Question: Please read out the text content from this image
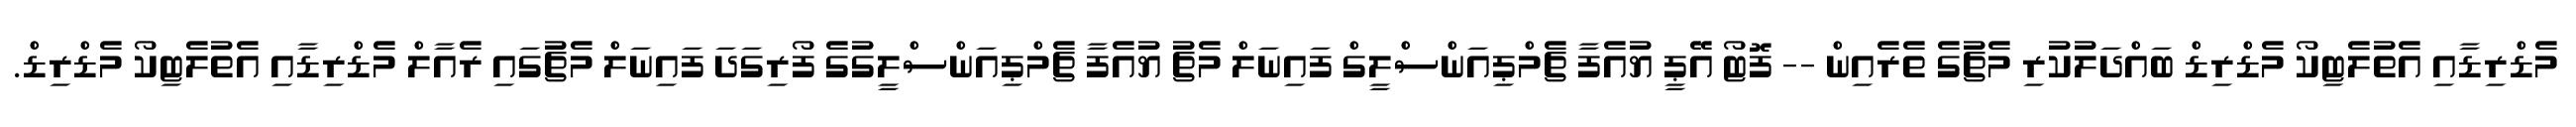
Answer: މެޑްރިޑާއި އެތުލެޓިކޯ މެޑްރިޑް ބައްދަލުކުރި މެޗުގެ ތެރެއިން -- ފޮޓޯ އޭޕީ ޔުއެފާ ޗެމްޕިއަންސްލީގް ފައިނަލް މެޗު ޔުއެފާ ޗެމްޕިއަންސްލީގުގެ ފޯރިގަދަ ފައިނަލް މެޗުގައި ރެއާލް މެޑްރިޑާއި އެތުލެޓިކޯ މެޑްރިޑް.